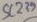
Text: 239